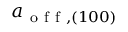
a _ { \mathrm { ~ o ~ f ~ f ~ } , ( 1 0 0 ) }